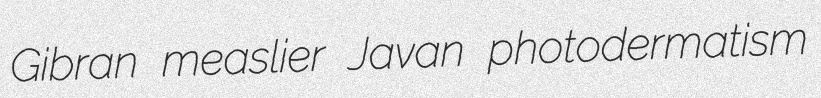
Gibran measlier Javan photodermatism